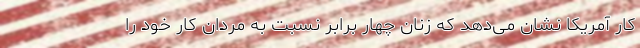
کار آمریکا نشان می‌دهد که زنان چهار برابر نسبت به مردان کار خود را